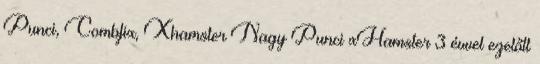
Punci, Combfix, Xhamster Nagy Punci xHamster 3 évvel ezelőtt